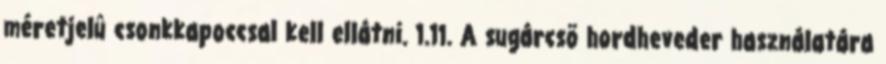
méretjelû csonkkapoccsal kell ellátni. 1.11. A sugárcsõ hordheveder használatára